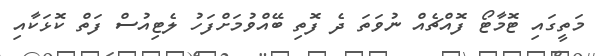
މަތީގައި ޓޮމާޓޯ ފޮއްޗެއް ނުވަތަ ދެ ފޮތި ބޭއްވުމަށްފަހު ލެޓިއުސް ފަތް ކޮޅަކާއި